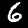
Label: 6